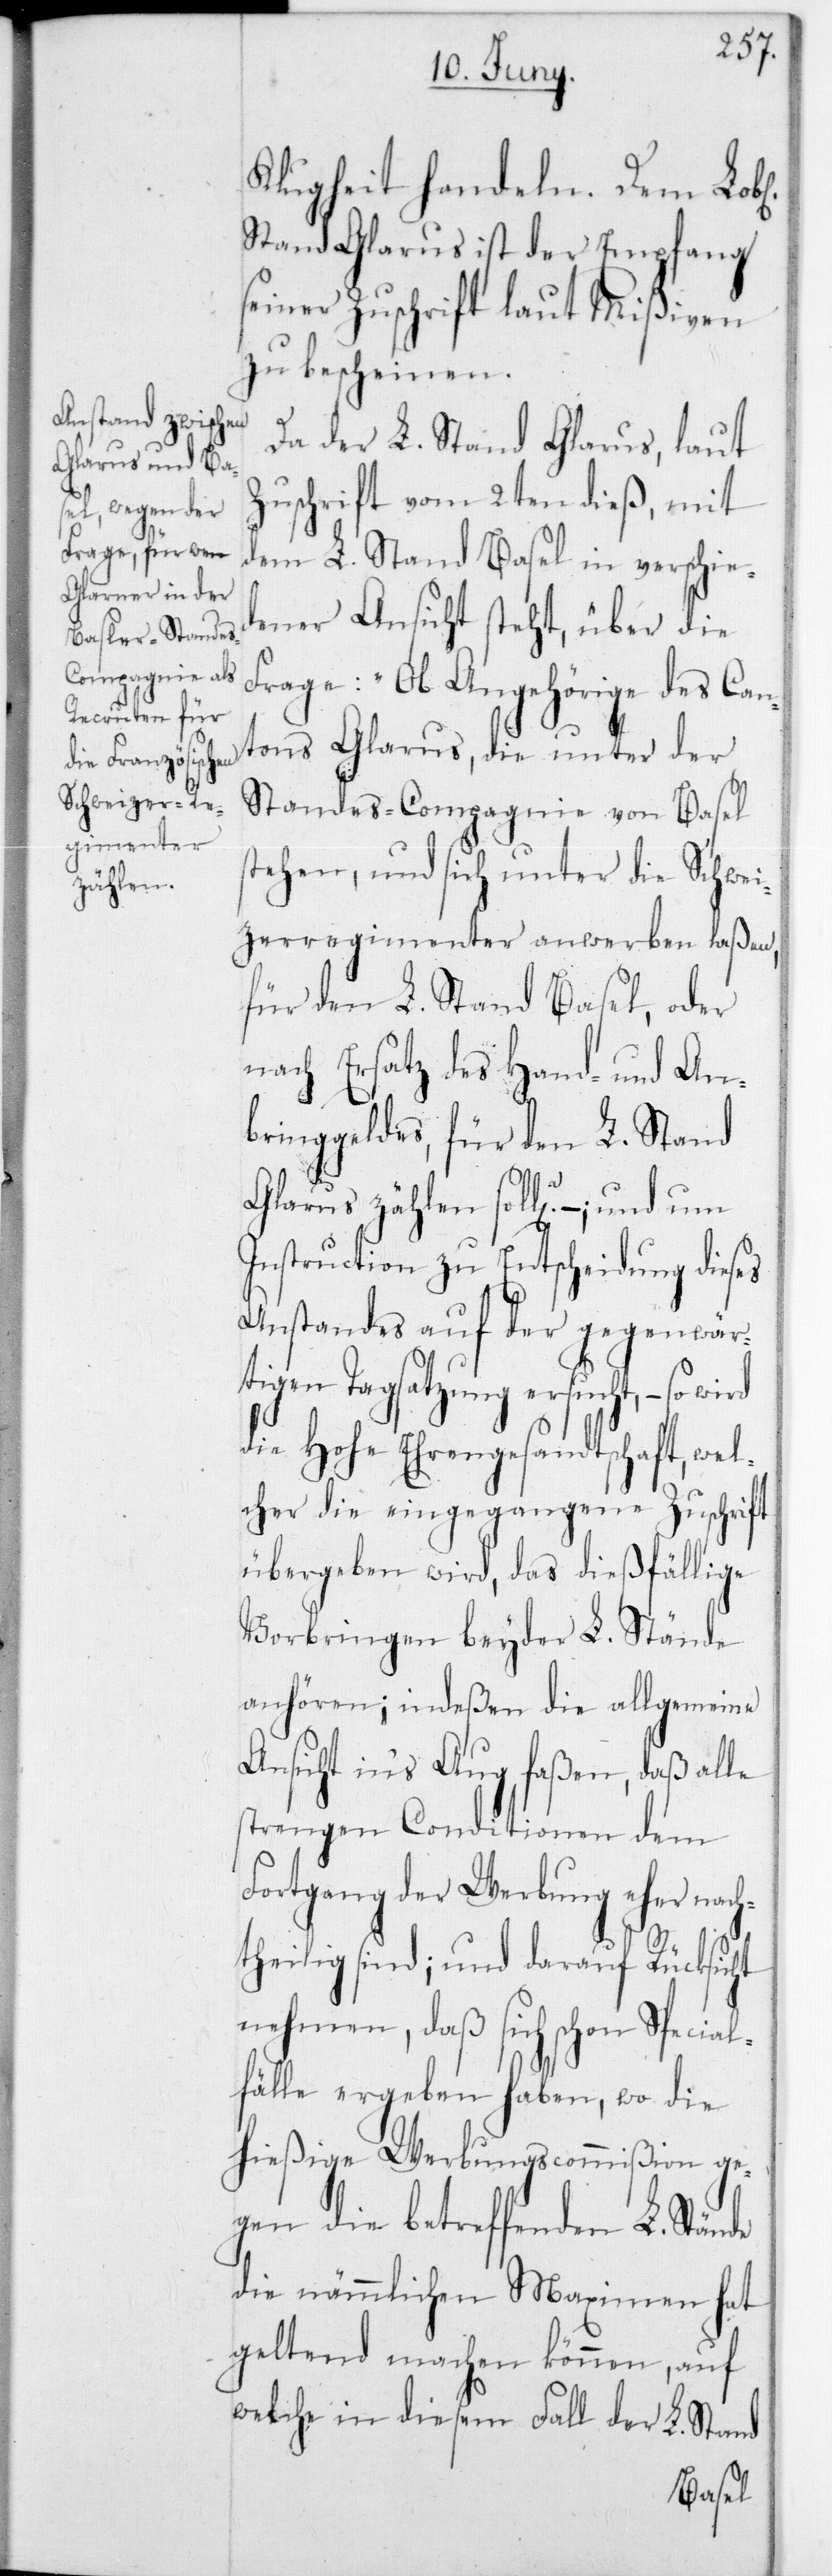
Klugheit handeln. Dem Lobl.
Stand Glarus ist der Empfang
seiner Zuschrift laut Mißiven
zu bescheinen.
Da der L. Stand Glarus, laut
Zuschrift vom 2ten dieß, mit
dem L. Stand Basel in verschie¬
dener Ansicht steht, über die
Frage: „Ob Angehörige des Can¬
tons Glarus, die unter der
Standes-Compagnie von Basel
stehen, und sich unter die Schwei¬
zerregimenter anwerben laßen,
für den L. Stand Basel oder
nach Ersatz des Hand- und An¬
bringgeldes, für den L. Stand
Glarus zählen sollen? –, und
Instruction zu Entscheidung dieses
Anstandes auf der gegenwär¬
tigen Tagsatzung ersucht, – so wird
die Hohe Ehrengesandtschaft, we¬
lcher die eingegangene Zuschrift
übergeben wird, das dießfällige
Vorbringen beyder L. Stände
anhören; indeßen die allgemeine
Ansicht ins Auge faßen, daß alle
strengen Conditionen dem
Fortgang der Werbung eher nach¬
theilig sind; und darauf Rücksicht
nehmen, daß sich schon Special¬
fälle ergeben haben, wo die
hießige Werbungscommißion ge¬
gen die betreffenden L. Stände
die nämmlichen Maximen hat
geltend machen können, auf
welche in diesem Fall der L. Stand